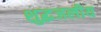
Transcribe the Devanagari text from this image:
शुद्धजलीय